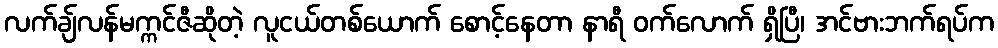
လက်ချ်လန်မက္ကင်ဇီဆိုတဲ့ လူငယ်တစ်ယောက် စောင့်နေတာ နာရီ ဝက်လောက် ရှိပြီ၊ အင်ဗားဘက်ရပ်က